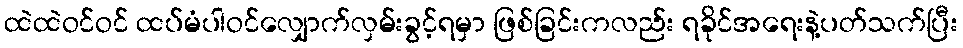
ထဲထဲဝင်ဝင် ထပ်မံပါဝင်လျှောက်လှမ်းခွင့်ရမှာ ဖြစ်ခြင်းကလည်း ရခိုင်အရေးနဲ့ပတ်သက်ပြီး